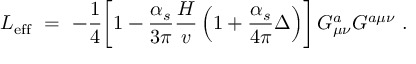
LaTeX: { \cal L } _ { \mathrm { e f f } } \ = \ - { \frac { 1 } { 4 } } \biggl [ 1 - { \frac { \alpha _ { s } } { 3 \pi } } { \frac { H } { v } } \left( 1 + { \frac { \alpha _ { s } } { 4 \pi } } \Delta \right) \biggr ] \, G _ { \mu \nu } ^ { a } G ^ { a \mu \nu } \ .